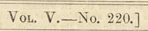

				Vol. V.-No. 220.]